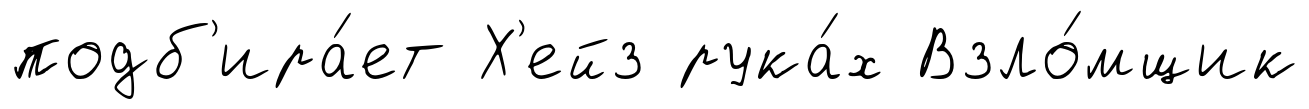
подб'ира́ет Х'ейз рука́х Взло́мщик